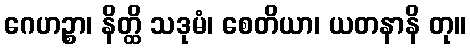
ဂေဟဉ္စာ၊ နိတ္ထိ သဒုမံ၊ စေတိယာ၊ ယတနာနိ တု။